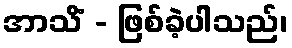
အာသိံ - ဖြစ်ခဲ့ပါသည်၊